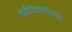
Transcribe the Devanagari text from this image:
देवीदेवतांच्या